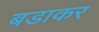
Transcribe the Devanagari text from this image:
बडाकर